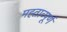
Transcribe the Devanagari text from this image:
मह्ताव्पूर्ण